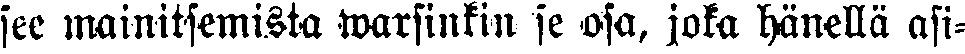
see mainitsemista warsinkin se osa, joka hänellä asi-